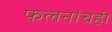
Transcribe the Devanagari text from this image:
फलनांचेही